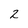
Character: 2